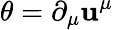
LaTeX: \theta=\partial_{\mu}\mathbf{u}^{\mu}